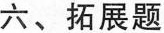
六、拓展题